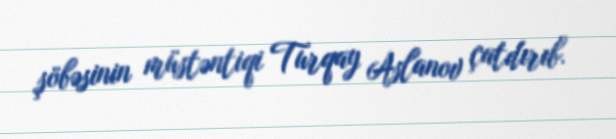
şöbəsinin müstəntiqi Turqay Aslanov çatdırıb.